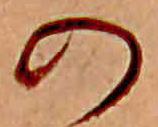
の